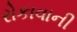
રોકાવાની